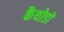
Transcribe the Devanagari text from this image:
कैथोडों